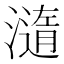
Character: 㵦